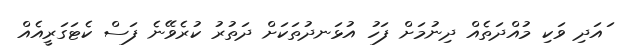
ައަދި ވަކި މުއްދަތެއް ދިނުމަށް ފަހު އުޅަނދުތަކަށް ދަތުރު ކުރެވޭނެ ފަސް ކެޓަގަރީއެއް